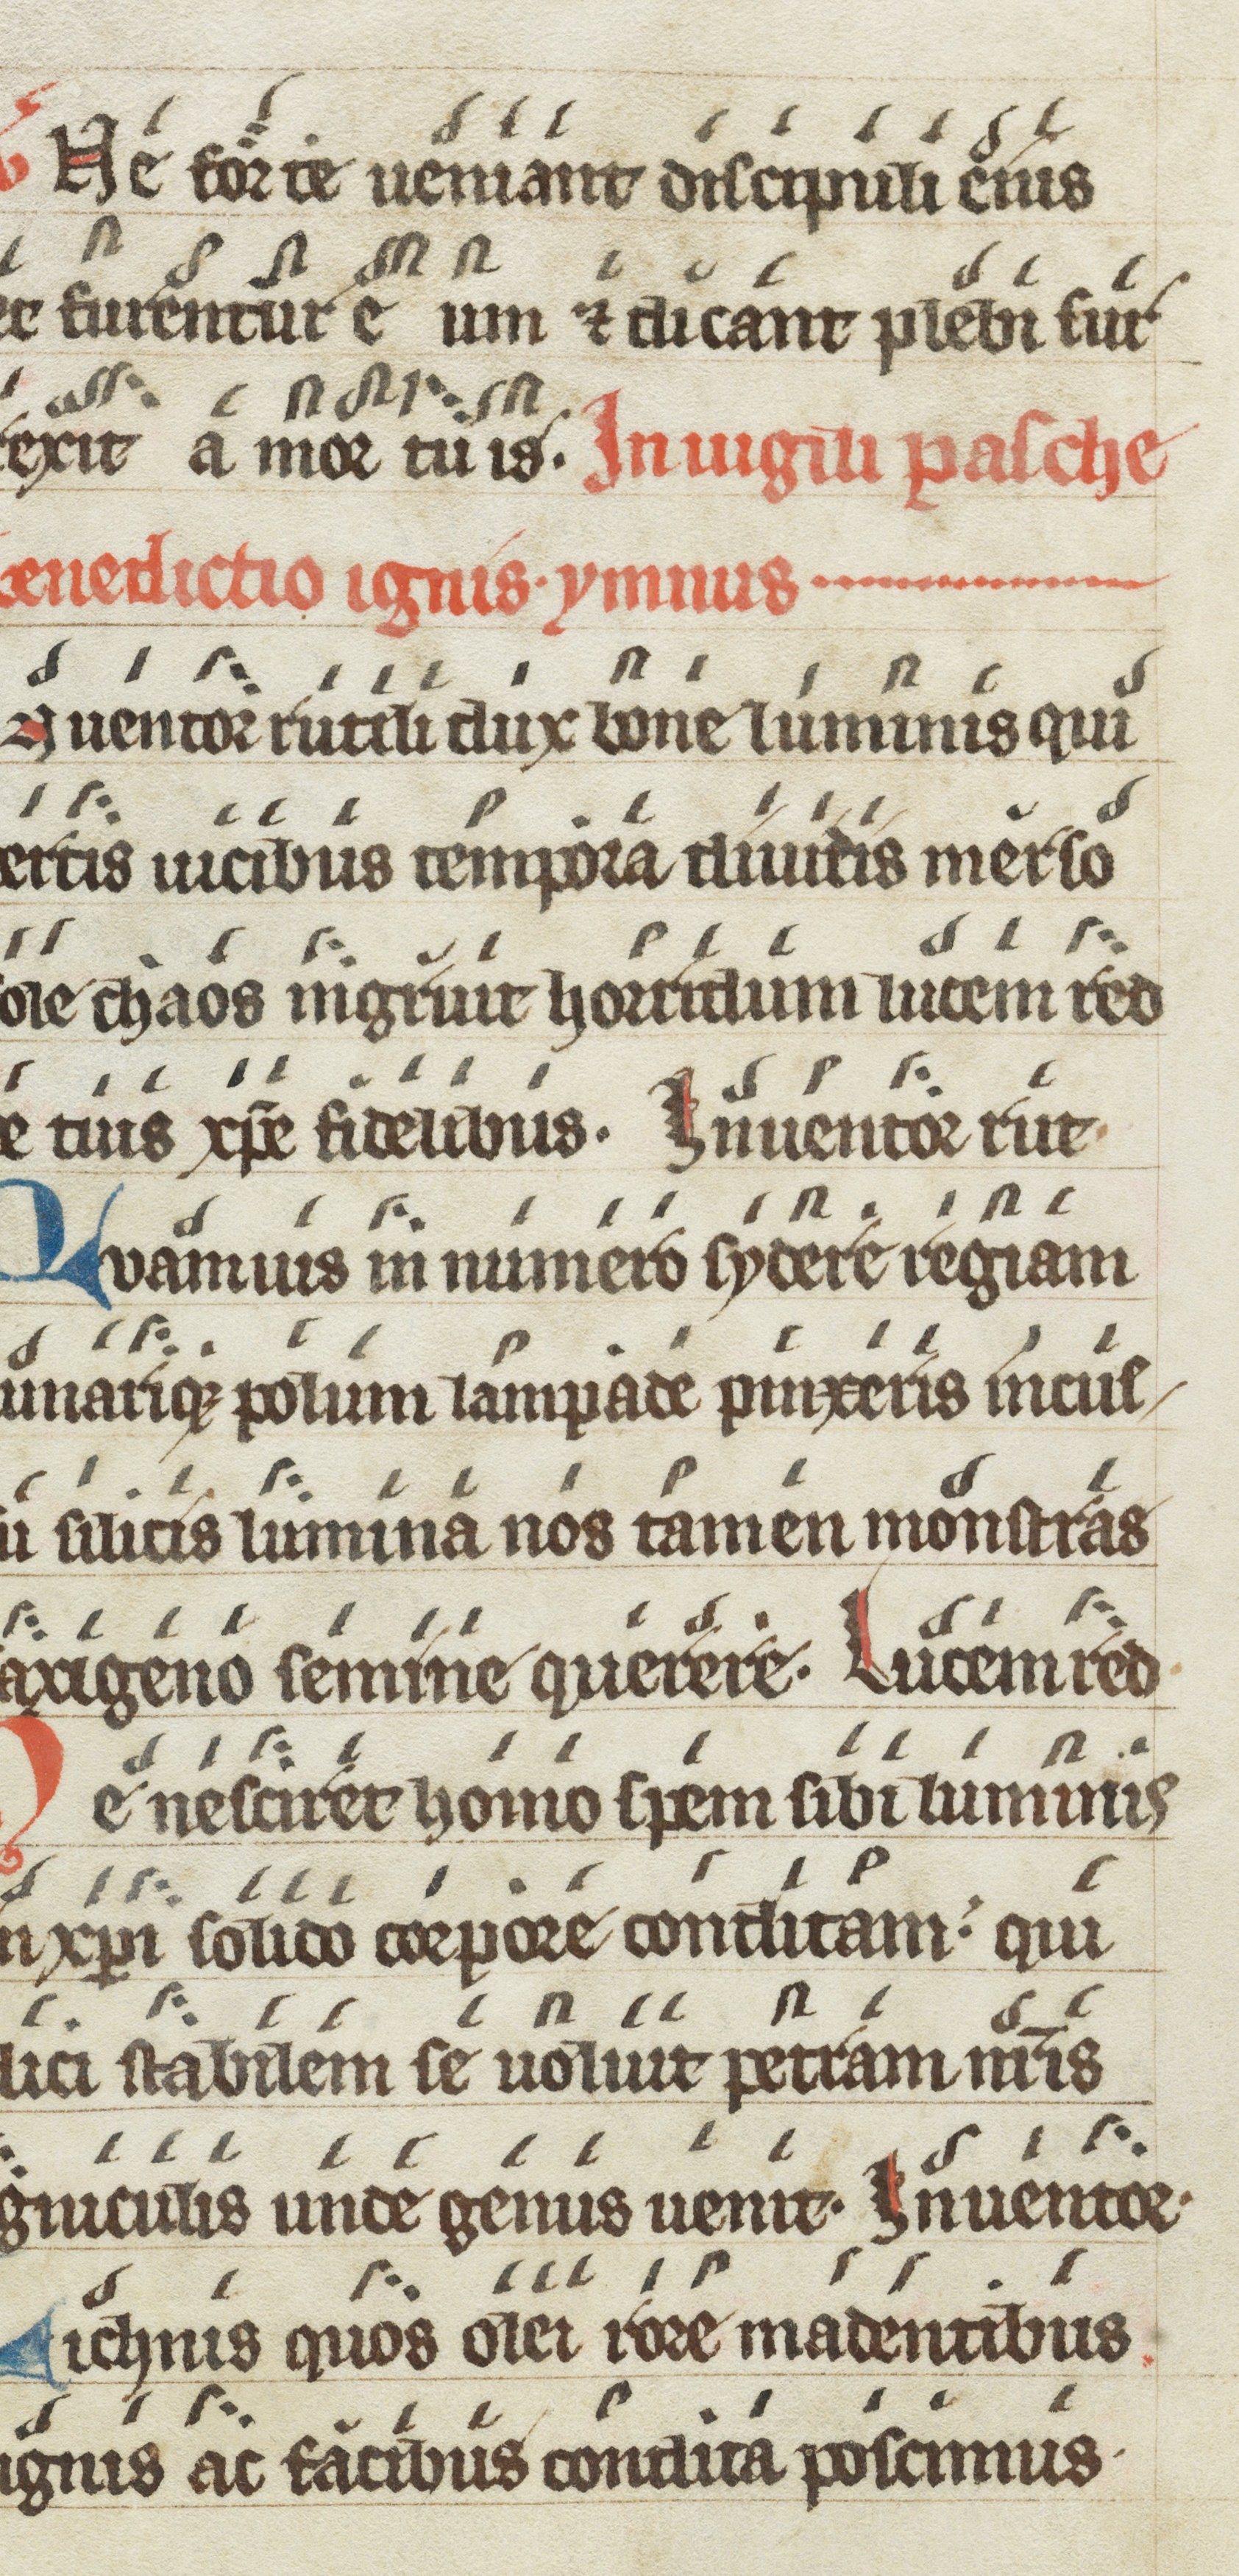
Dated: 1200–1299